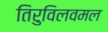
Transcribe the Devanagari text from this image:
तिरुविलवमल